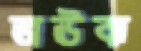
জঊঝ